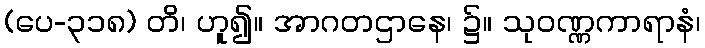
(ပေ-၃၁၈) တိ၊ ဟူ၍။ အာဂတဌာနေ၊ ၌။ သုဝဏ္ဏကာရာနံ၊